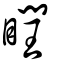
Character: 瞤